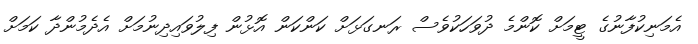
އެމަނިކުފާނުގެ ޓީމަށް ކޮންމެ ދުވަހަކުވެސް ރަނގަޅަށް ކަންކަން އޮޅުން ފިލުވައިދިނުމަށް އެދެމުންދާ ކަމަށް